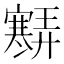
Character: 𡫶